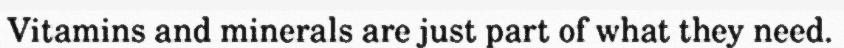
Vitamins and minerals are just part of what they need.